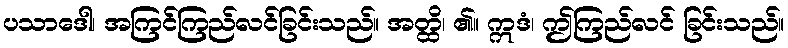
ပသာဒေါ၊ အကြင်ကြည်လင်ခြင်းသည်။ အတ္ထိ၊ ၏။ ဣဒံ၊ ဤကြည်လင် ခြင်းသည်။